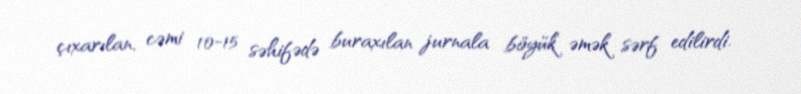
çıxarılan, cəmi 10-15 səhifədə buraxılan jurnala böyük əmək sərf edilirdi.